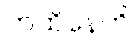
ကထိနေတိ